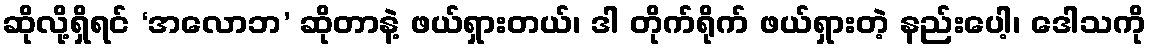
ဆိုလို့ရှိရင် ‘အလောဘ’ ဆိုတာနဲ့ ဖယ်ရှားတယ်၊ ဒါ တိုက်ရိုက် ဖယ်ရှားတဲ့ နည်းပေါ့၊ ဒေါသကို